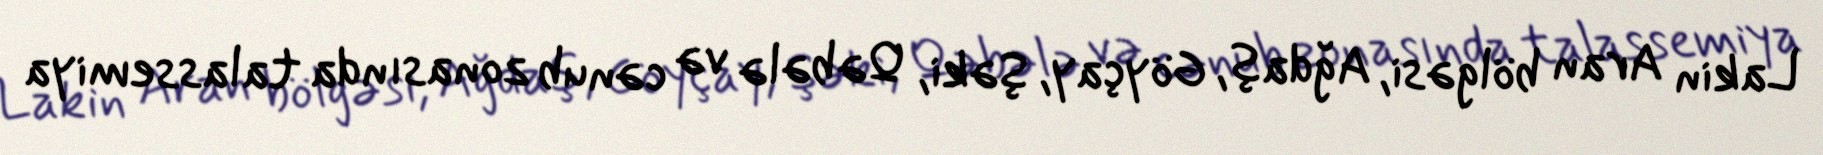
Lakin Aran bölgəsi, Ağdaş, Göyçay, Şəki, Qəbələ və cənub zonasında talassemiya